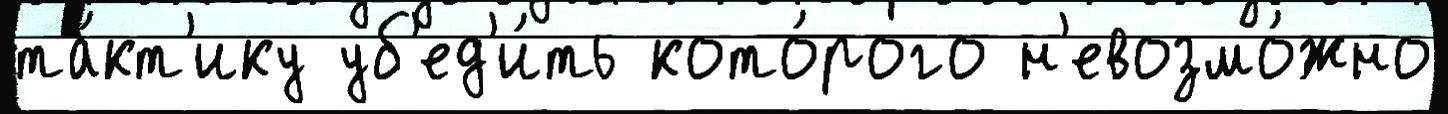
та́кт'ику уб'ед'и́ть кото́рого н'евозмо́жно